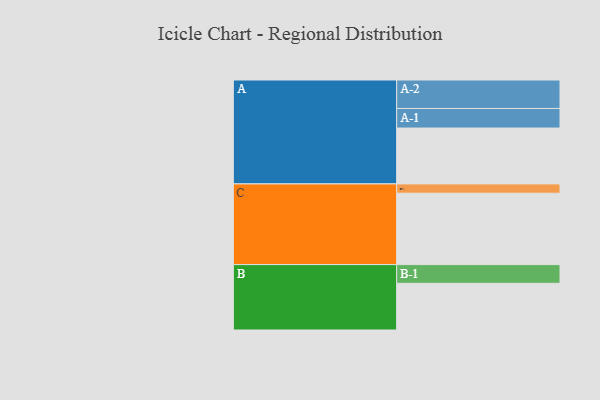
{"axis": {"x": "Segment", "y": "Value"}, "legend": ["", "A", "B", "C"], "data": [{"x": "A", "y": 457, "type": ""}, {"x": "B", "y": 382, "type": ""}, {"x": "C", "y": 584, "type": ""}, {"x": "A-1", "y": 160, "type": "A"}, {"x": "A-2", "y": 233, "type": "A"}, {"x": "B-1", "y": 153, "type": "B"}, {"x": "C-1", "y": 76, "type": "C"}]}